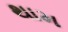
થામ